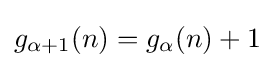
g_{\alpha +1}(n)=g_{\alpha }(n)+1